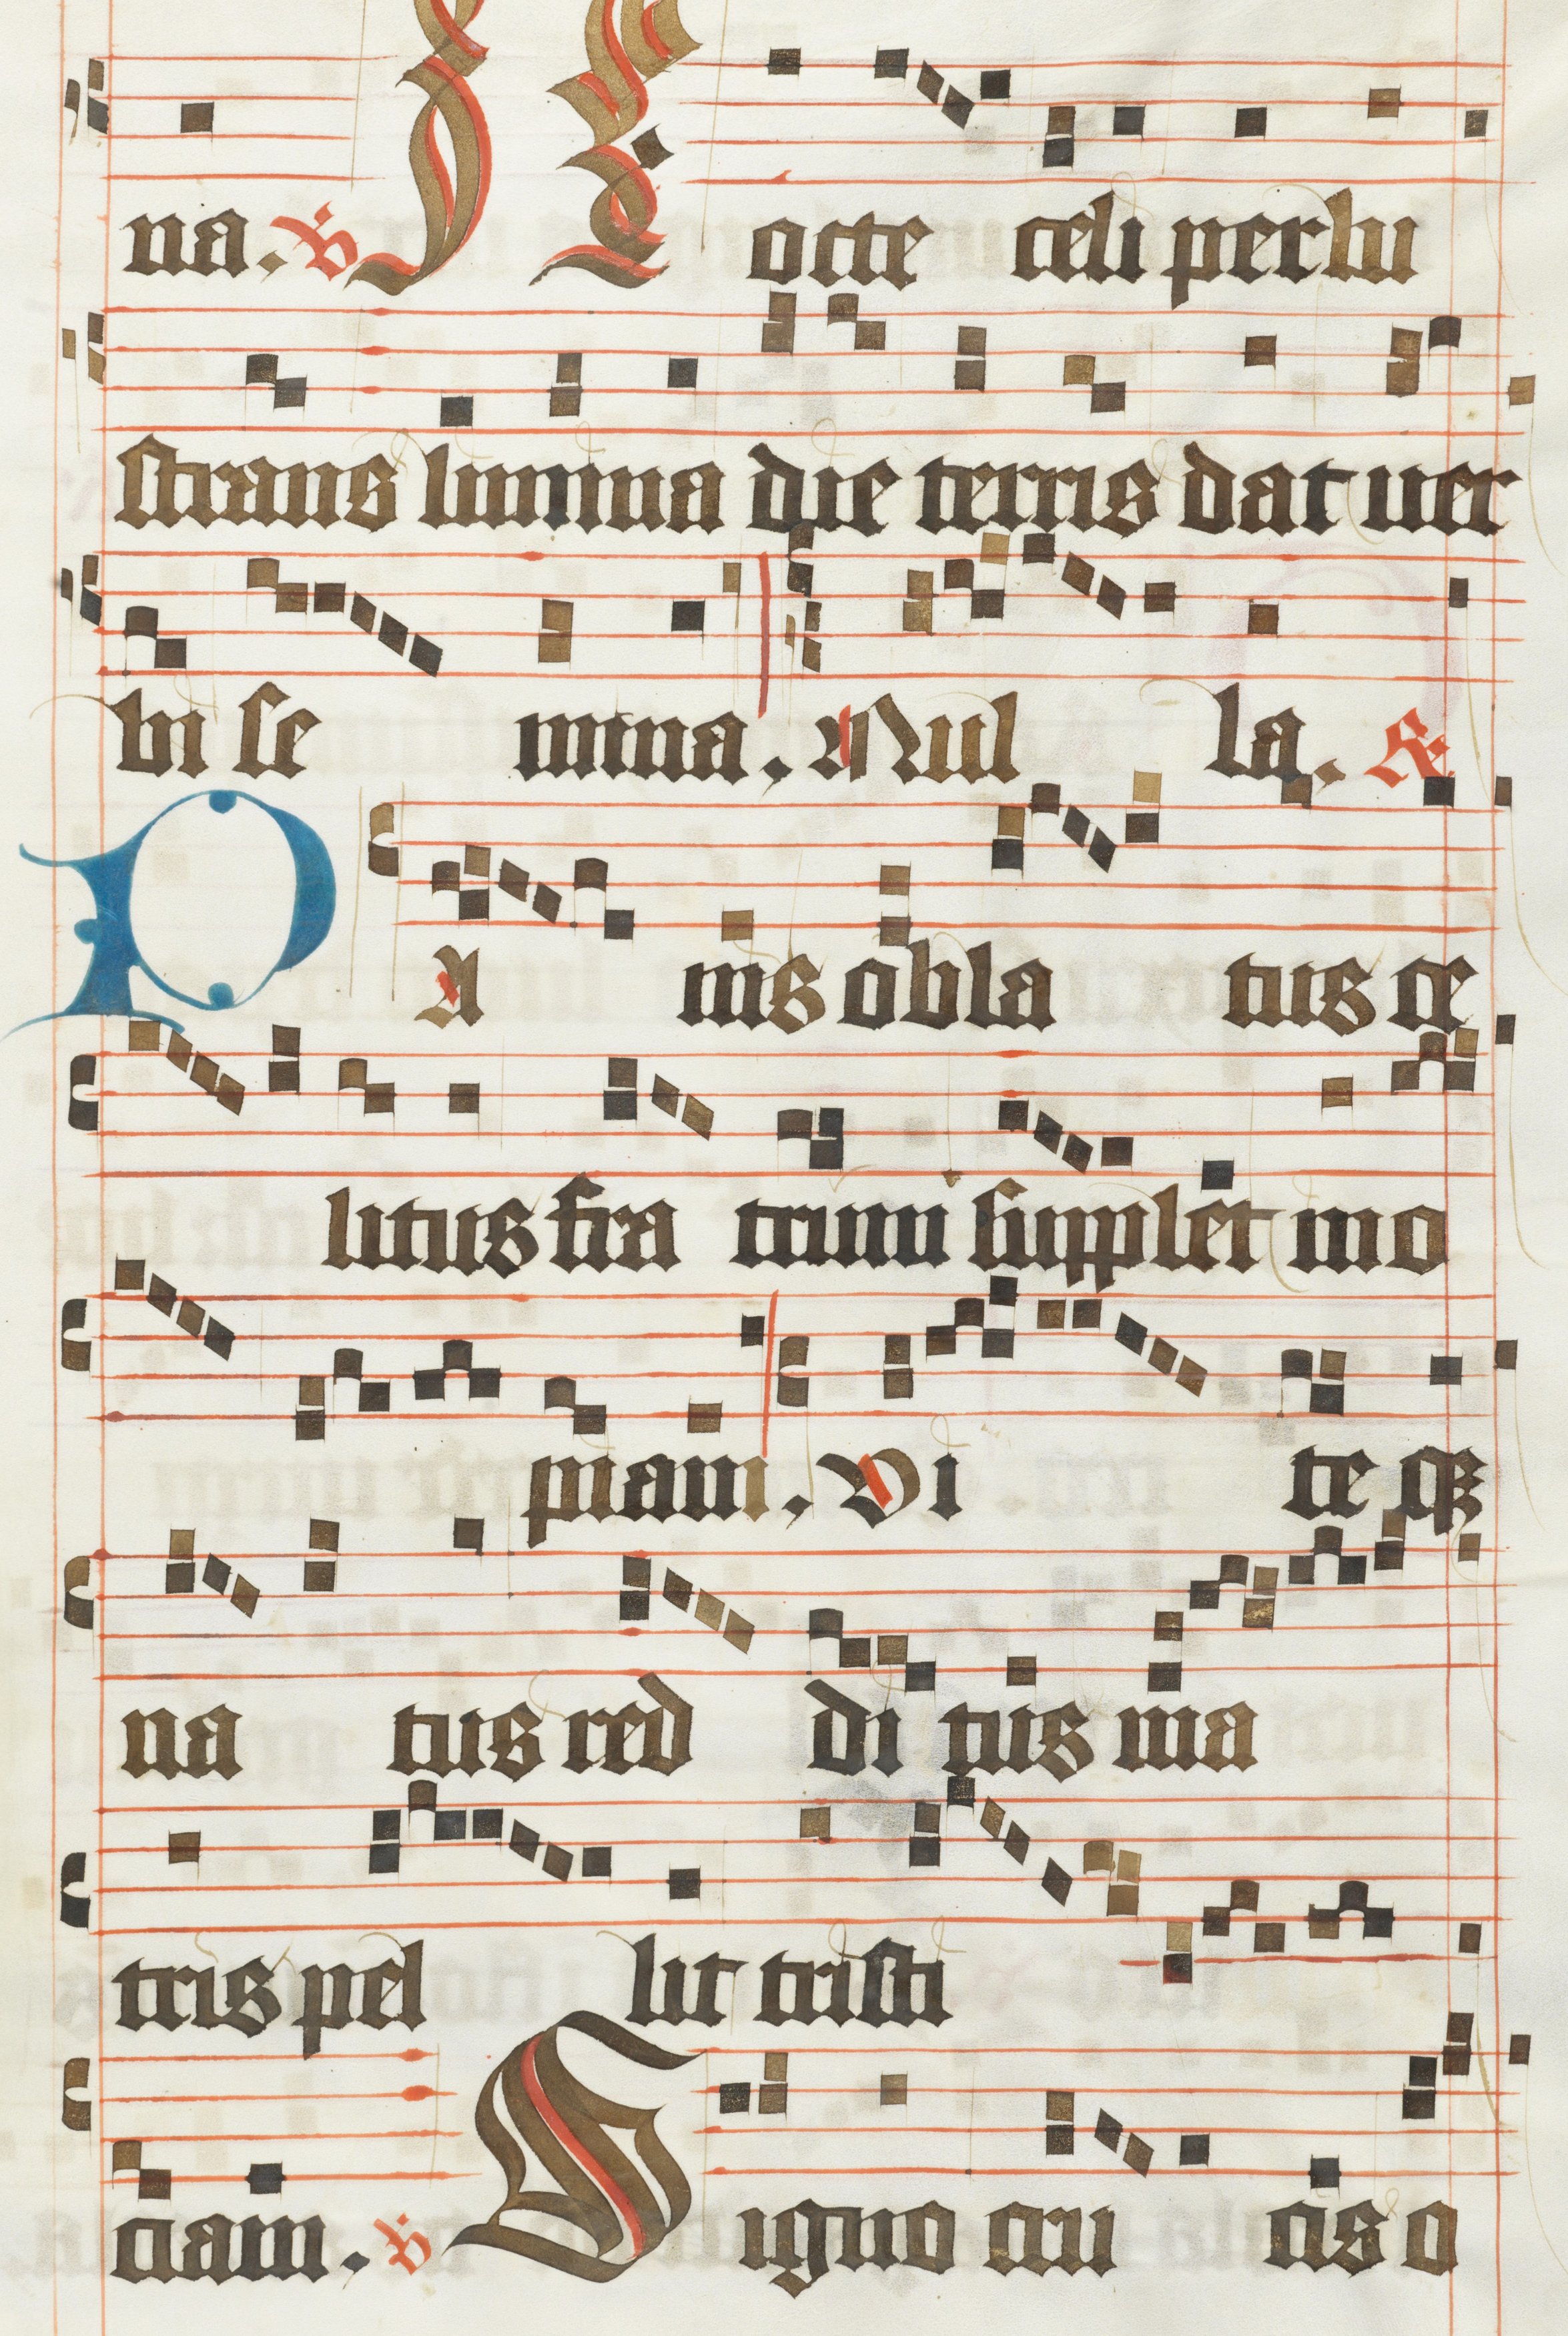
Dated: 1483–1484